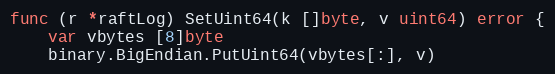
Language: Go
func (r *raftLog) SetUint64(k []byte, v uint64) error {
	var vbytes [8]byte
	binary.BigEndian.PutUint64(vbytes[:], v)